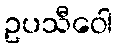
ဥပသီဝေါ